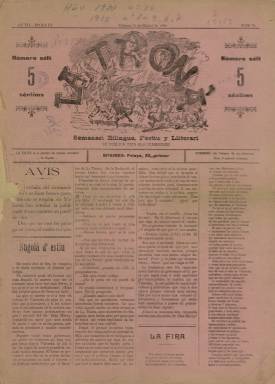
Título: La Troná (Valensia)
Colección: Revistas satíricas y humorísticas
Ámbito geográfico: Valencia
Lugar de publicación: Valensia
Fechas: 31/07/1900-11/04/1915

“Semanari bilingüe, festiu y lliterari” es el subtítulo de esta publicación de carácter humorístico y de crítica política, cultural y social y de creación literaria, tanto en prosa como en verso, e ideología republicana, escrito en su mayor parte en lengua valenciana, que tuvo una vida irregular, pues desaparecerá y reaparecerá en varios periodos, entre finales del siglo diecinueve y las dos primeras décadas del veinte, consiguiendo ser uno de los principales periódicos satíricos valencianos de aquel tiempo –junto a La Traca (1884-1923)–, con páginas ilustradas además de caricaturas, viñetas y chistes gráficos. Comenzó a publicarse el 13 de mayo de 1894, en la imprenta de Cortés, estampándose en papel de colores en entregas de cuatro páginas, compuestas a cuatro columnas, en las que llegará a incluir unas crónicas madrileñas o una sección literaria castellana en su última plana, además de anuncios comerciales.

Sin poder precisarse con exactitud cuándo deja de publicarse o en qué momento reaparece de nuevo en cada una de algunas de sus épocas, pudo iniciar la segunda en 1897, y una tercera, probablemente, en marzo de 1899. Aunque se desconoce también cuándo podía reiniciar la numeración de sus entregas, la colección de este título en la Biblioteca Nacional de España (BNE) contiene el número 70, de esta época tercera, con la indicación de que está en su séptimo año de edición, y que corresponde al 31 de julio de 1900, estampado en la Imprenta de M. Ferrero y Compañía.

Si en su primera época habían aparecido en sus páginas las firmas del escritor Lluís Bernat i Ferrer (a quien se le atribuye su fundación), Sebastián Gomila, Eduardo del Palacio, Eduard Guillar, Jusep Senís Calvo, José Bernat Baldoví, Jusep Jakson Vryam, R. Andreu Cabrelles o Ramón Díaz, en esta tercera colaboran con textos literarios M. Domingo Bondia, Ventura Vidal, Joant Batiste Argent Morales, T. Canet Ferrando, Lloréns Renart, Jusep Vilanova Imarguez, A. Mateu Ferrer, Severi Guastavino Robba, Lambert Oliver, Alfred Portolés, Antonio Pérez o Vicent Ferrandis. Según Navarro Cabanes (1928), entre 1899-1900 llegó a editar algún suplemento para sustituir en alguna ocasión a El Pueblo (1894-1939), cuando quedaba suspendido por las autoridades el diario republicano vinculado a Vicente Blasco Ibáñez, escritor y político al que le dedicará, precisamente, el número 73, de 23 de agosto de ese año 1900.

Se conocen otros números de este título de 1902, 1903 y 1904, también pertenecientes a su época tercera. En julio de 1907, el semanario inició una cuarta etapa, que duró hasta finales de 1908, siendo entonces su director al escritor Bernat i Ferrer, y firmando sus colaboradores con seudónimos. Un posterior periodo de publicación de La Troná es el que va del 29 de septiembre de 1912 al dos de febrero de 1913, con un total de trece entregas, a las que se accede a través de la Biblioteca Valenciana Digital. También dirigido por Bernat i Ferrer, fueron ahora sus colaboradores Joaquín Herrero, Juan Batiste Rogel, Rafael Montoro o Josep Bort Montoro. Fue estampado en la Imprenta de M. Pau y salía todos los “dumenches”. Sin mantener relación, entre el cinco de octubre de 1912 y el 18 de enero de 1913, apareció también un nuevo semanario: La Troná nova, con el mismo subtítulo que La Troná y dirigido por Eduardo Molina Vaño.

La colección de este título en la BNE también contiene además los números 1 a 4 y 7, que van desde el 26 de febrero al 11 de abril de 1915. En estos no se indica época y sí Año I. Navarro Cabanes (1928) señala la existencia de una octava entrega en este periodo y que cesó en ese mes de abril, expresando además que, aunque mantiene la misma cabecera, no tiene relación con los artífices de sus épocas anteriores. Aparece así mismo indicado en su cabecera que su director es ahora Nifares y su administrador, Visént Pastor. Cuando el primero es denunciado por la fiscalía, anuncia que ocupará la dirección de forma interina el escritor Rafael Gayano i Lluch (1890-1954). Entre sus colaboradores se encuentran ahora Ramón Pérez Antón, Josep Rico Gomis, A. Rug Alsina, Pere Ortiz o Camilo Doménech. En este periodo, empezó publicándose los “divéndres” y después todos los “dumenches”; inserta caricaturas y viñetas y su número cuatro está dedicado a las fallas. Es estampado en la tipografía de E. Vidal.

Su título –La Troná – proviene de “tronada”, probablemente en referencia al republicanismo “batallador” identificado con el escritor y político Blasco Ibáñez, al que Bernat i Ferrer, como disidente del blasquismo, llegará a acusar de ejercer un “caciquismo rojo”. Editará también una colección de folletos que formarán una Biblioteca, así como algunos Almanaques anuales (Almanach).

Además del Catálogo de la prensa valenciana, de Navarro Cabanes (1928), referencias a este título se encuentran en la obra de Jaume Guillamet (2003) y en el trabajo de Lucía Batuecas Martínez (2013-2014)